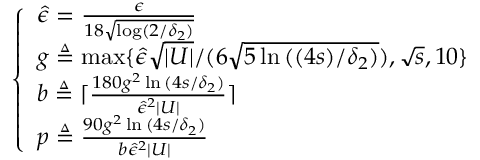
\left\{ \begin{array} { l l } { \hat { \epsilon } = \frac { \epsilon } { 1 8 \sqrt { \log ( 2 / \delta _ { 2 } ) } } } \\ { g \triangleq \operatorname* { m a x } \{ \hat { \epsilon } \sqrt { | U | } / ( 6 \sqrt { 5 \ln { ( ( 4 s ) / \delta _ { 2 } ) } } ) , \sqrt { s } , 1 0 \} } \\ { b \triangleq \lceil \frac { 1 8 0 g ^ { 2 } \ln { ( 4 s / \delta _ { 2 } ) } } { \hat { \epsilon } ^ { 2 } | U | } \rceil } \\ { p \triangleq \frac { 9 0 g ^ { 2 } \ln { ( 4 s / \delta _ { 2 } ) } } { b \hat { \epsilon } ^ { 2 } | U | } } \end{array} \right.